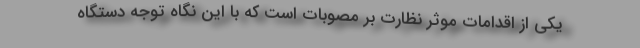
یکی از اقدامات موثر نظارت بر مصوبات است که با این نگاه توجه دستگاه